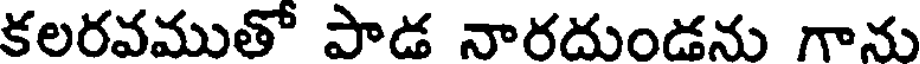
కలరవముతో పాడ నారదుండను గాను